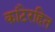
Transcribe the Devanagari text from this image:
कांटेरहित